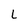
Character: L